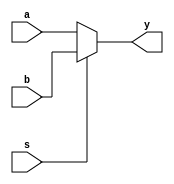
`timescale 1 ns/ 100 ps
module mux2to1(input [15:0] a,b, input s, output [15:0] y);
	
	assign y = (~s)? a:b;

endmodule